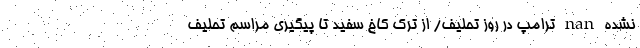
نشده nan ترامپ در روز تحلیف/ از ترک کاخ سفید تا پیگیری مراسم تحلیف